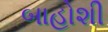
બાહોશી